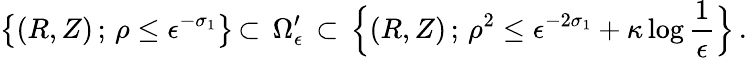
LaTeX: \bigl\{ (R,Z)\, ;\, \rho\le\epsilon^{-\sigma_{1}}\bigl\} \, \subset\, \Omega_{\epsilon}^{\prime}\, \subset\, \Bigl\{ (R,Z)\, ;\, \rho^{2}\le\epsilon^{-2\sigma_{1}}+\kappa\log\frac{1}{\epsilon}\Bigl\} \, .